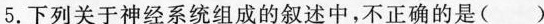
5.下列关于神经系统组成的叙述中，不正确的是()